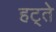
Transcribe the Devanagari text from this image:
हट्ते